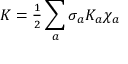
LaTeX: { \cal K } = { \textstyle { \frac { 1 } { 2 } } } \sum _ { a } \sigma _ { a } K _ { a } \chi _ { a } \nonumber